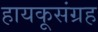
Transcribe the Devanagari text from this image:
हायकूसंग्रह